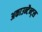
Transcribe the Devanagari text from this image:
अकाउन्टैन्ट्स